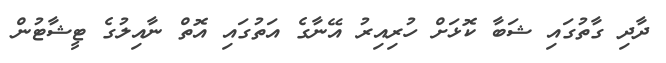
ދާދި ގާތުގައި ޝަބާ ކޮޅަށް ހުރިއިރު އޭނާގެ އަތުގައި އޮތް ނާއިލުގެ ޓީޝާޓުން